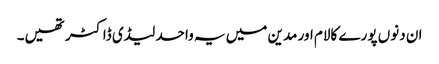
ان دنوں پورے کالام اور مدین میں یہ واحد لیڈی ڈاکٹر تھیں۔